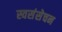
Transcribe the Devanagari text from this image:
स्वसंसेचन